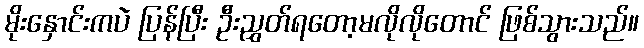
မိုးနှောင်းကပဲ ပြန်ပြီး ဦးညွှတ်ရတော့မလိုလိုတောင် ဖြစ်သွားသည်။